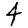
Digit: 4